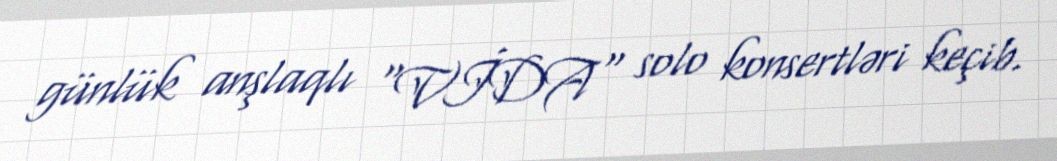
günlük anşlaqlı "VİDA" solo konsertləri keçib.